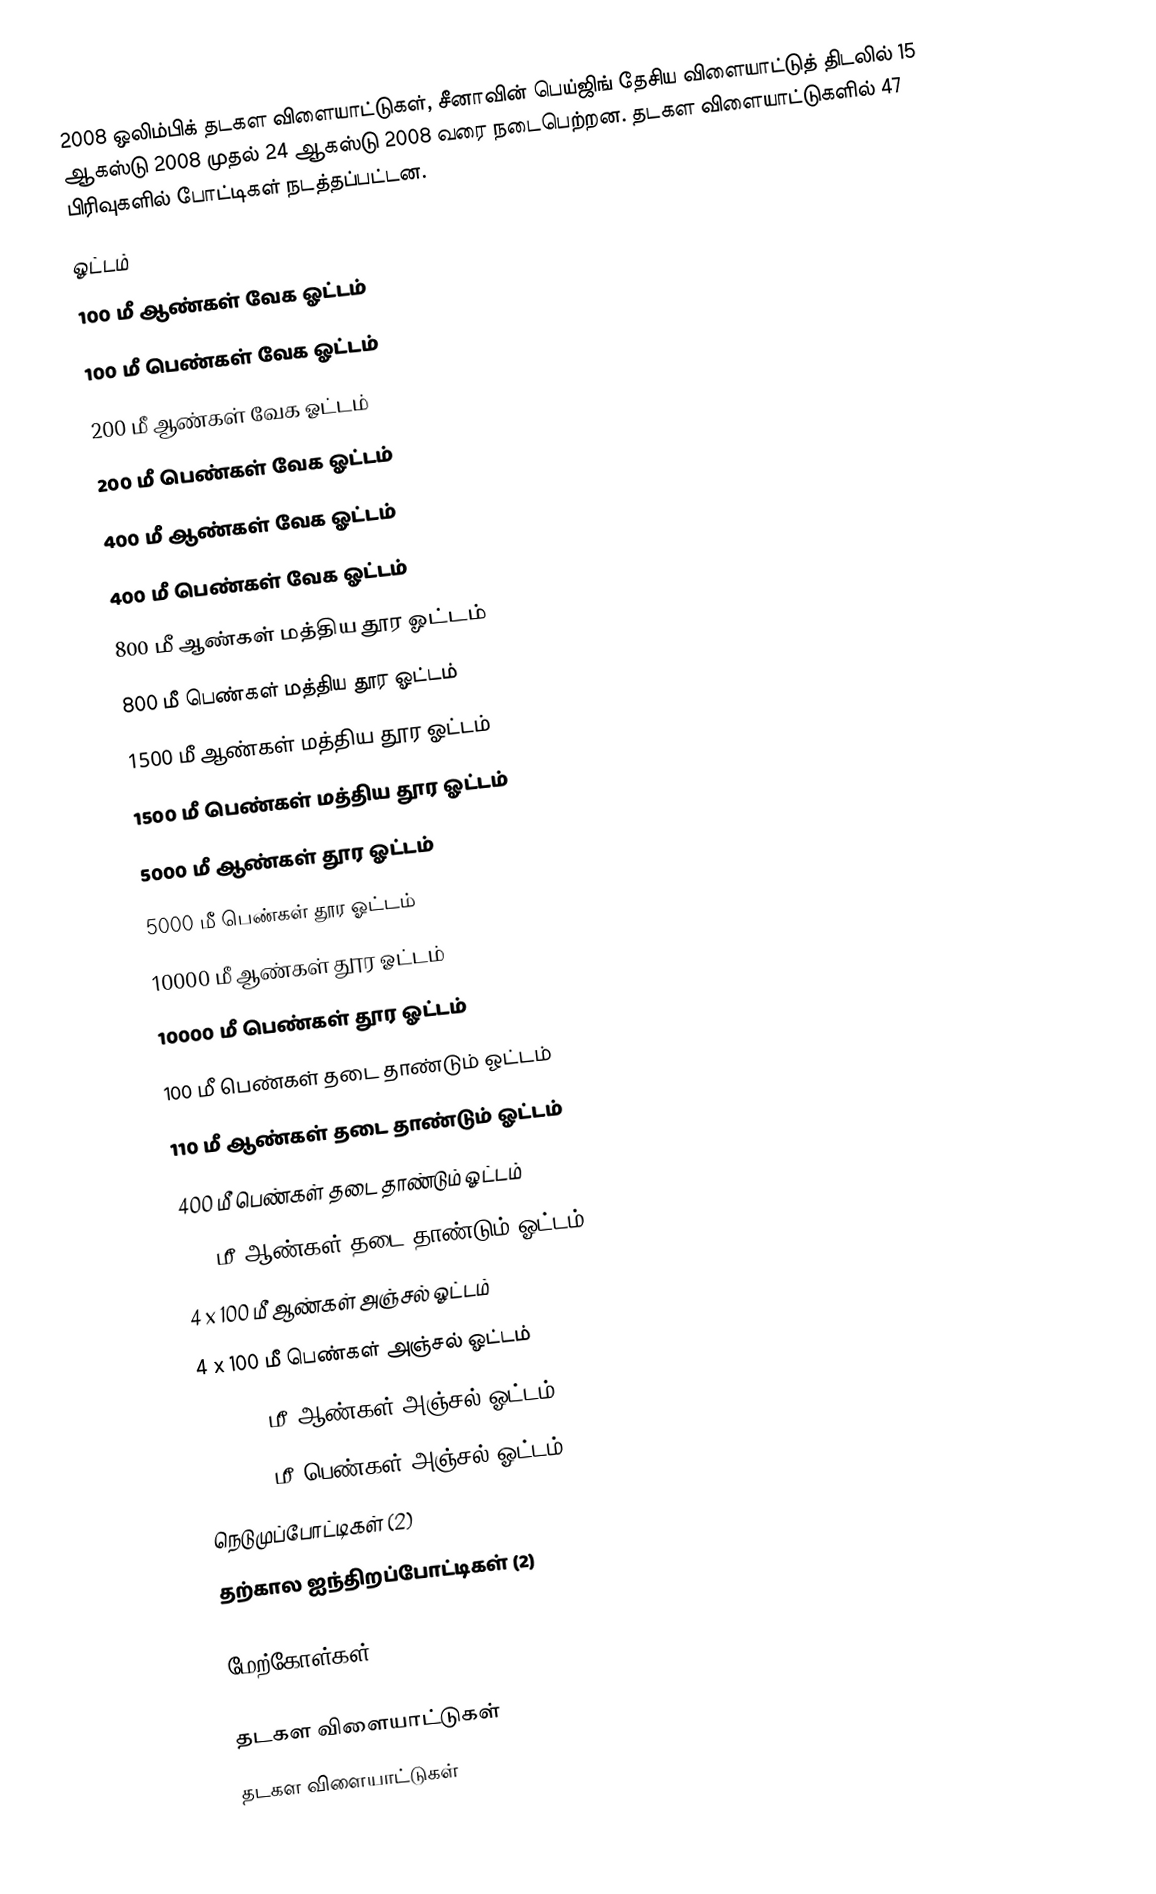
2008 ஒலிம்பிக் தடகள விளையாட்டுகள், சீனாவின் பெய்ஜிங் தேசிய விளையாட்டுத் திடலில் 15 ஆகஸ்டு 2008 முதல் 24 ஆகஸ்டு 2008 வரை நடைபெற்றன. தடகள விளையாட்டுகளில் 47 பிரிவுகளில் போட்டிகள் நடத்தப்பட்டன.
 ஓட்டம்
 100 மீ ஆண்கள் வேக ஓட்டம்
 100 மீ பெண்கள் வேக ஓட்டம்
 200 மீ ஆண்கள் வேக ஓட்டம்
 200 மீ பெண்கள் வேக ஓட்டம்
 400 மீ ஆண்கள் வேக ஓட்டம்
 400 மீ பெண்கள் வேக ஓட்டம்
 800 மீ ஆண்கள் மத்திய தூர ஓட்டம்
 800 மீ பெண்கள் மத்திய தூர ஓட்டம்
 1500 மீ ஆண்கள் மத்திய தூர ஓட்டம்
 1500 மீ பெண்கள் மத்திய தூர ஓட்டம்
 5000 மீ ஆண்கள் தூர ஓட்டம்
 5000 மீ பெண்கள் தூர ஓட்டம்
 10000 மீ ஆண்கள் தூர ஓட்டம்
 10000 மீ பெண்கள் தூர ஓட்டம்
 100 மீ பெண்கள் தடை தாண்டும் ஓட்டம்
 110 மீ ஆண்கள் தடை தாண்டும் ஓட்டம்
 400 மீ பெண்கள் தடை தாண்டும் ஓட்டம்
 400 மீ ஆண்கள் தடை தாண்டும் ஓட்டம்
 4 x 100 மீ ஆண்கள் அஞ்சல் ஓட்டம்
 4 x 100 மீ பெண்கள் அஞ்சல் ஓட்டம்
 4 x 400 மீ ஆண்கள் அஞ்சல் ஓட்டம்
 4 x 400 மீ பெண்கள் அஞ்சல் ஓட்டம்
 நெடுமுப்போட்டிகள் (2)
 தற்கால ஐந்திறப்போட்டிகள் (2)

மேற்கோள்கள்

தடகள விளையாட்டுகள்
தடகள விளையாட்டுகள்